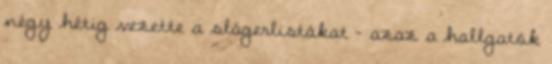
négy hétig vezette a slágerlistákat – azaz a hallgatók